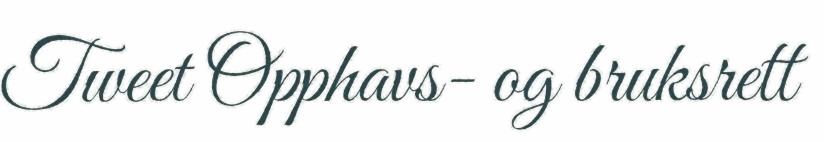
Tweet Opphavs- og bruksrett